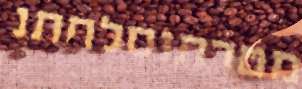
מטרתוסלחתנ